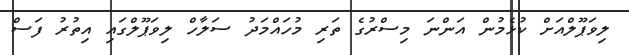
ލިވަޕޫލްއަށް ކުޅެމުން އަންނަ މިސްރުގެ ތަރި މުހައްމަދު ސަލާހް ލިވަޕޫލްގައި އިތުރު ފަސް